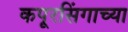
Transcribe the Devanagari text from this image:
कपूरसिंगाच्या